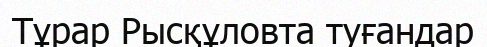
Тұрар Рысқұловта туғандар